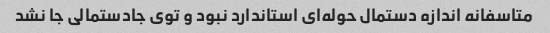
متاسفانه اندازه دستمال حوله‌ای استاندارد نبود و توی جادستمالی جا نشد